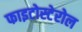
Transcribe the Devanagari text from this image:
फाइटोस्टेरोल